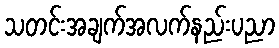
သတင်းအချက်အလက်နည်းပညာ